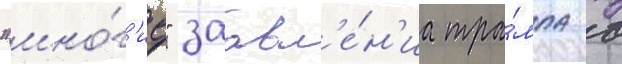
"мно́г'ие" заавл'е́н'иа тра́мпа в